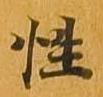
性